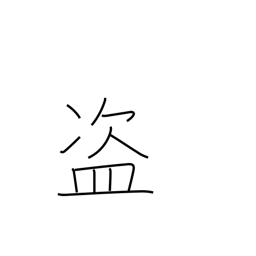
Meaning: rob